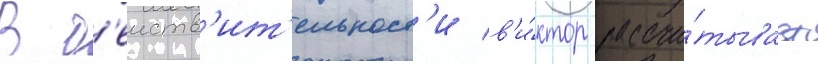
В д'еиств'ит'ельност'и в'и́ктор рассчи́тывает